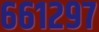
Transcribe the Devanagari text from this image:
६६१२९७